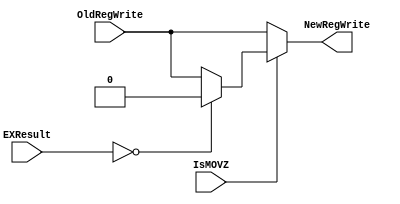
`timescale 1ns / 1ps
//////////////////////////////////////////////////////////////////////////////////
// Company: 
// 
// Design Name: 
// Module Name: MOVZController
// Project Name: 
// Target Devices: 
// Tool Versions: 
// Description: 
// 
// Dependencies: 
// 
// Revision:
// Revision 0.01 - File Created
// Additional Comments:
// 
//////////////////////////////////////////////////////////////////////////////////

module MOVZController(
    input wire[31:0] EXResult,
    input wire IsMOVZ,
    input wire OldRegWrite,
    output reg NewRegWrite
    );

always @(*) begin
    if(IsMOVZ)begin
        if (EXResult==0) begin
            NewRegWrite=0;
        end
        else begin
            NewRegWrite=OldRegWrite;
        end
    end
    else begin
        NewRegWrite=OldRegWrite;
    end
end

endmodule